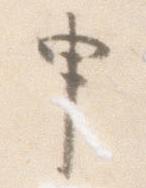
申